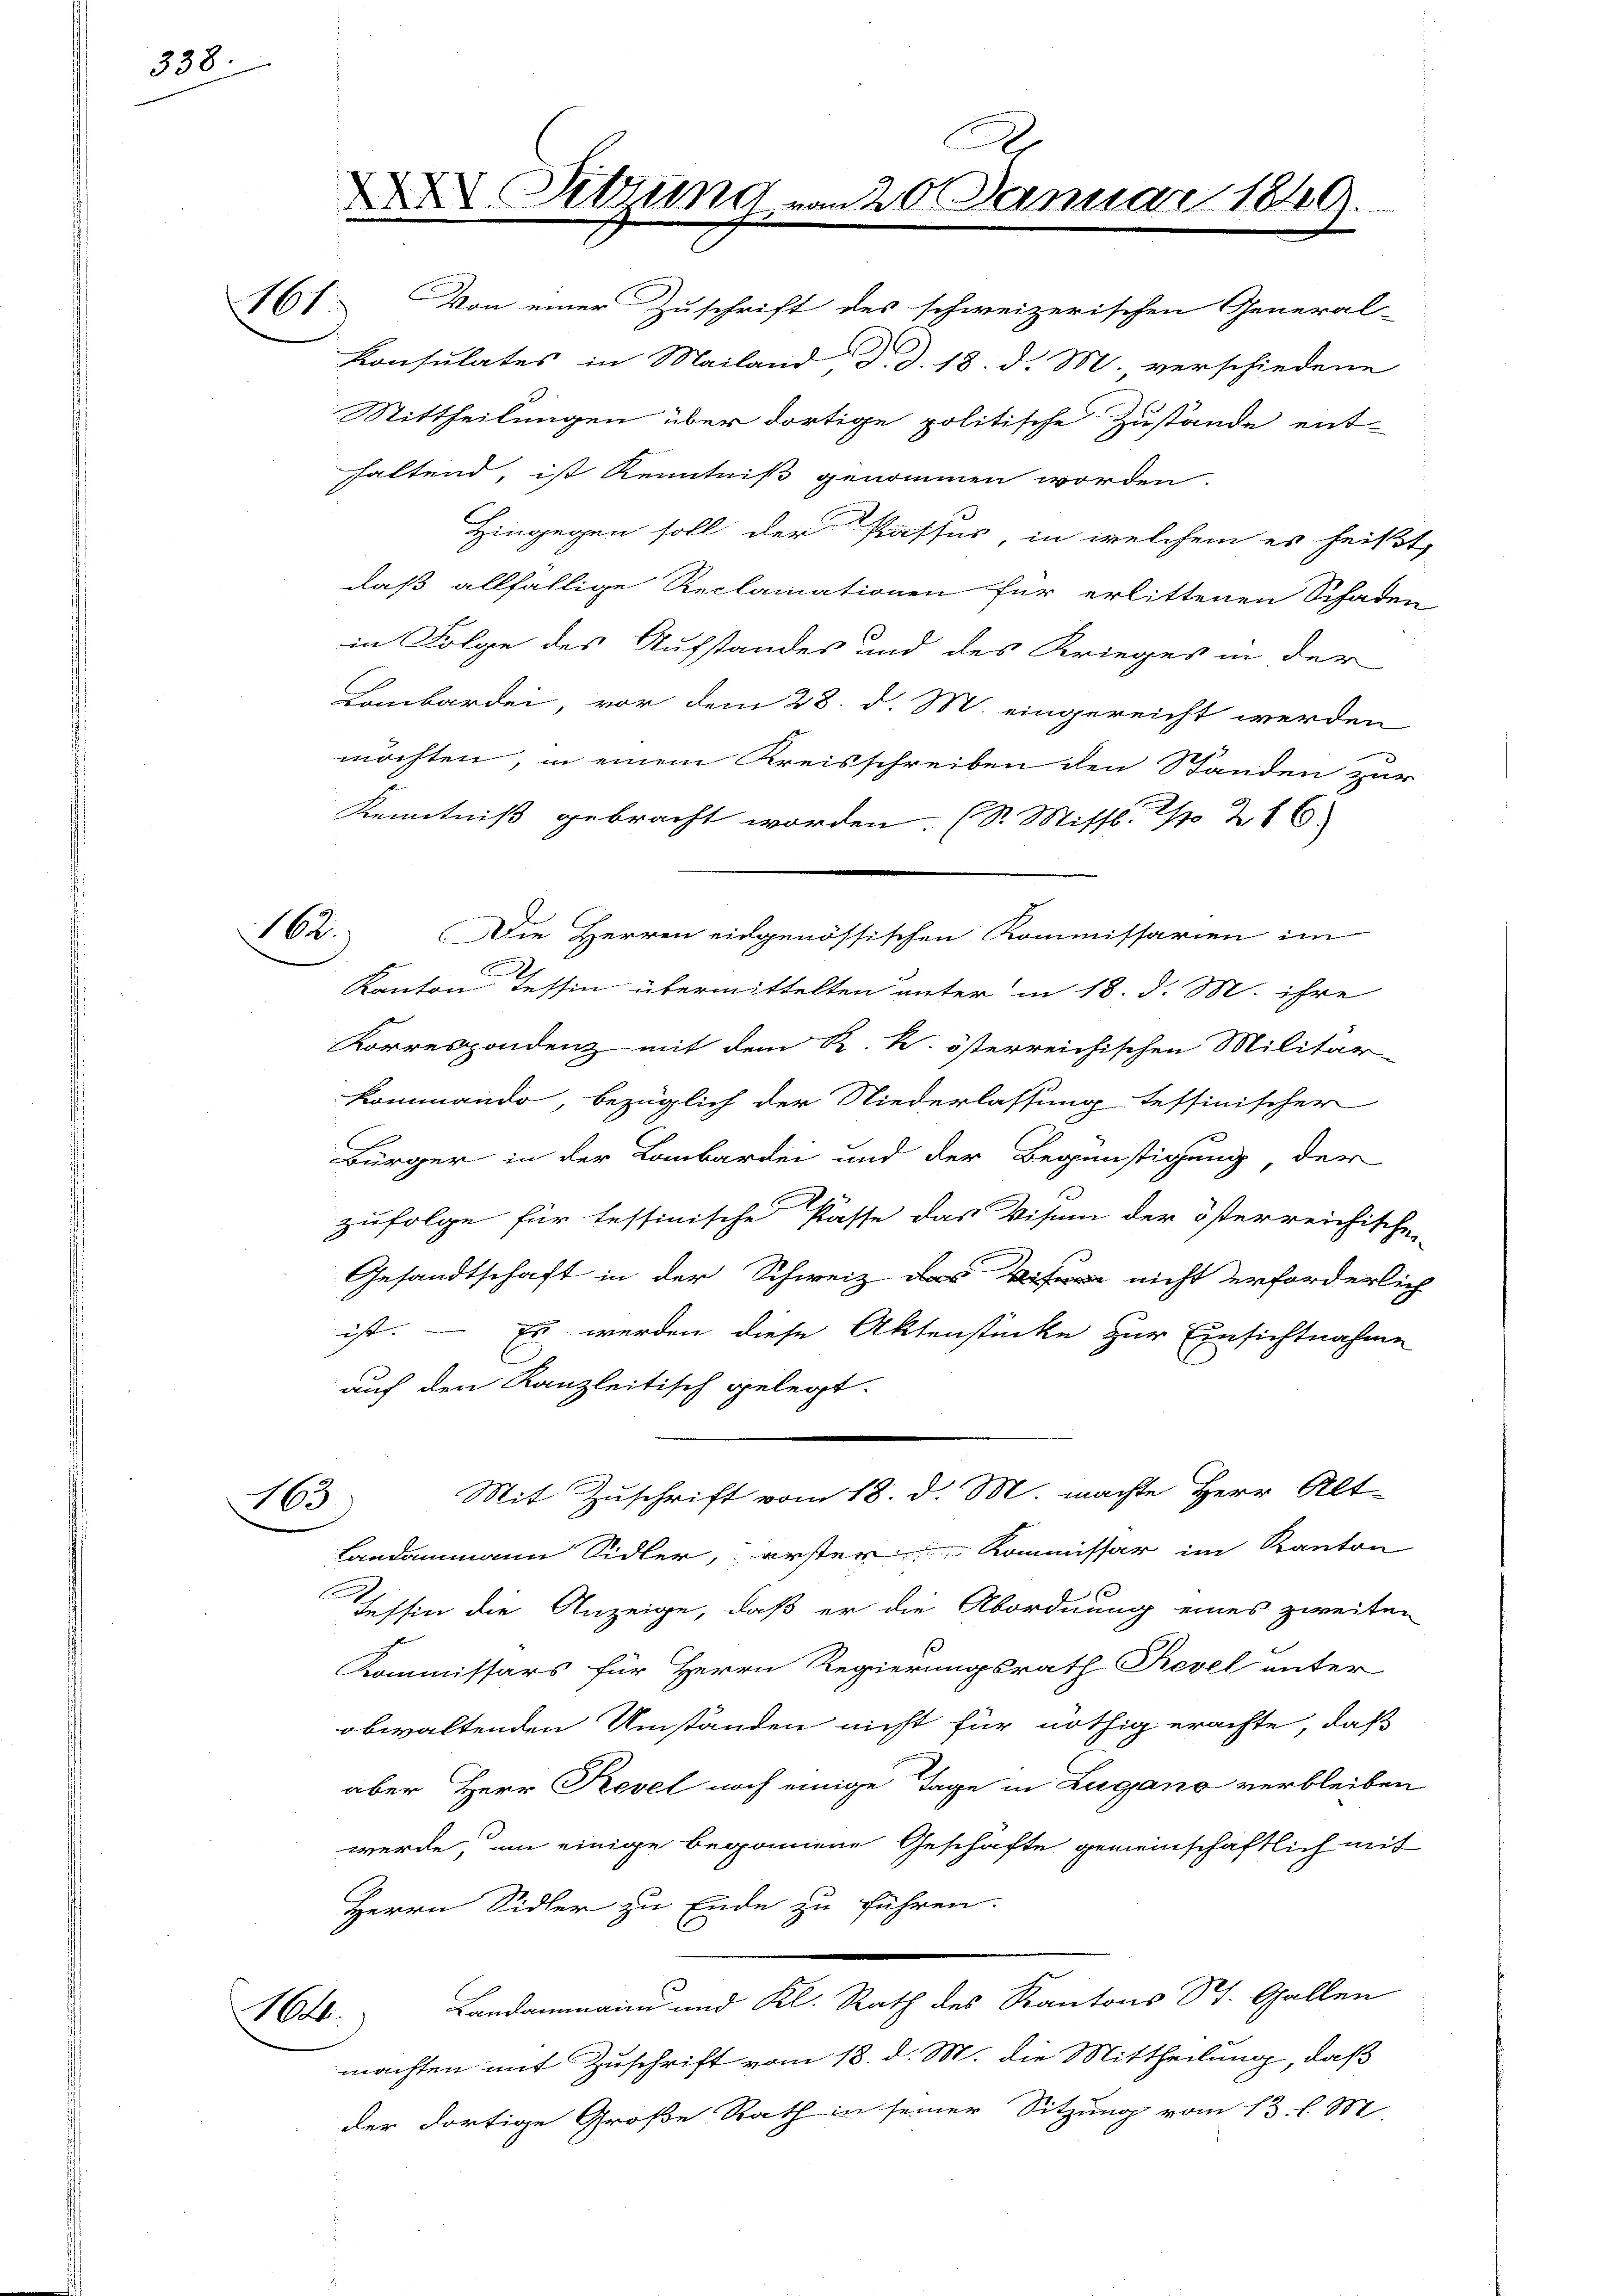
338.

161.

Von einer Zuschrift des schweizerischen General-
Konsulates in Mailand, d. d. 18. d. M., verschiedene
Sittheilungen über dortige politische Zustände ent-
haltend, ist Kenntniß genommen worden.
Hingegen soll der Passus, in welchem es heißt,
daß allfällige Reclamationen für erlittenen Schaden
in Folge des Aufstandes und des Krieges in der
Lombardei, vor dem 28. d. M. eingereicht werden
möchten, in einem Kreisschreiben den Standen zur
Kenntniß gebracht worden. (S. Missl    216
Kanton Tessin übermittelten unter in 18. d. M. ihre
Korrespondenz mit dem K. k. österreichischen Militär-
kommando, bezüglich der Niederlassung tessinischer
Bürger in der Lombarkei und der Begünstigung, der
zufolge für tessinische Pässe das Visum der österreichischen
Gesandtschaft in der Schweiz das nicht erforderlich
ist. — Es werden diese Aktenstücke zur Einsichtnahme
auf den Kanzleitisch gelegt.
Mit Zuschrift vom 18. d. M. machte Herr Alt-
163
Landammann Sidler, erster Kommissär im Kanton
Tessin die Anzeige, daß er die Abordnung eines zweiten
Kommissärs für Herrn Regierungsrath Revel unter
obwaltenden Umständen nicht für nöthig erachte, daß
aber Herr Revel noch einige Tage in Lugano verbleiben
werde, um einige begonnene Geschäfte gemeinschaftlich mit
Herrn Sidler zu Ende zu führen.
Landammann und Kl. Rath des Kantons St. Gallen
16.
machten mit Zuschrift vom 18. d. M. die Mittheilung, daß
der dortige Große Rath in seiner Sitzung vom 13. l. M.

162.

XXV. Setzung.

c
220. Januar 1849.

Die Herren eidgenössischen Kommissarien im